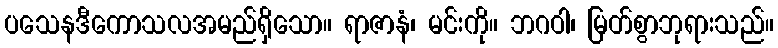
ပသေနဒီကောသလအမည်ရှိသော။ ရာဇာနံ၊ မင်းကို။ ဘဂဝါ၊ မြတ်စွာဘုရားသည်။